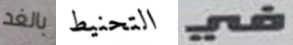
بالغد التحنيط في